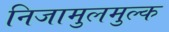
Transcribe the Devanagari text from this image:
निजामुलमुल्क